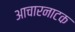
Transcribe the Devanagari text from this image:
आचारनाटक